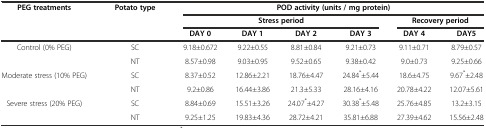
| <ROWSPAN=3> PEG treatments | <ROWSPAN=3> Potato type | <COLSPAN=6> POD activity (units / mg protein) |
 | <COLSPAN=4> Stress period | <COLSPAN=2> Recovery period |
 | DAY 0 | DAY 1 | DAY 2 | DAY 3 | DAY 4 | DAY5 |
 | --- | --- | --- | --- | --- | --- | --- | --- |
 | <ROWSPAN=2> Control (0% PEG) | SC | 9.18±0.672 | 9.22±0.55 | 8.81±0.84 | 9.21±0.73 | 9.11±0.71 | 8.79±0.57 |
 | NT | 8.57±0.98 | 9.03±0.95 | 9.52±0.65 | 9.38±0.42 | 9.0±0.73 | 9.25±0.66 |
 | <ROWSPAN=2> Moderate stress (10% PEG) | SC | 8.37±0.52 | 12.86±2.21 | 18.76±4.47 | 24.84*±5.44 | 18.6±4.75 | 9.67*±2.48 |
 | NT | 9.2±0.86 | 16.44±3.86 | 21.3±5.33 | 28.16±4.16 | 20.78±4.22 | 12.07±5.61 |
 | <ROWSPAN=2> Severe stress (20% PEG) | SC | 8.84±0.69 | 15.51±3.26 | 24.07*±4.27 | 30.38*±5.48 | 25.76±4.85 | 13.2±3.15 |
 | NT | 9.25±1.25 | 19.83±4.36 | 28.72±4.21 | 35.81±6.88 | 27.39±4.62 | 15.56±2.48 |